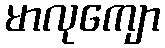
မာလုကျော